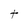
Character: t